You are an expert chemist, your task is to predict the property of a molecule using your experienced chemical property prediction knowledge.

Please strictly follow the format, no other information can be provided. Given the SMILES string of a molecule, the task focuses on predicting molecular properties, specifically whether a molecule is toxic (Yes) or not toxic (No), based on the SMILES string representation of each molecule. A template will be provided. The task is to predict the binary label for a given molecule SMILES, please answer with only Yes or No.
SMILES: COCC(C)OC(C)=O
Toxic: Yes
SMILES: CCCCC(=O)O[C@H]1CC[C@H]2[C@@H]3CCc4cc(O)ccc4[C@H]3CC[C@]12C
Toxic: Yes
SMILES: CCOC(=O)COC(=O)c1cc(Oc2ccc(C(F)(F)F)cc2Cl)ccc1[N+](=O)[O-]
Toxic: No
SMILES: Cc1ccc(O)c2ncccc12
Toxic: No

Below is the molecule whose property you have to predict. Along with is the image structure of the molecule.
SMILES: CC1(C)CC(N)CC(C)(C)N1
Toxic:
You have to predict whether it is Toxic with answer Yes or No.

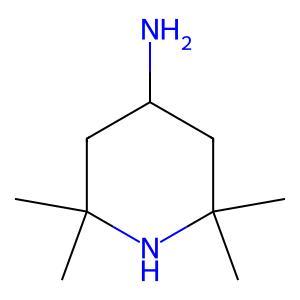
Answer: No